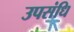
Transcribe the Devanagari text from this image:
उपसंधि